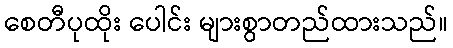
စေတီပုထိုး ပေါင်း များစွာတည်ထားသည်။